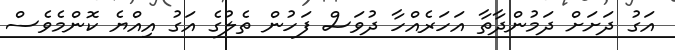
އަގު ދަށަށް ދަމުންދާތާ އަހަރެއްހާ ދުވަސް ފަހުން ތެލުގެ އަގު އިއްޔެ ކޮންމެވެސް